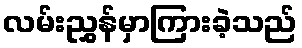
လမ်းညွှန်မှာကြားခဲ့သည်